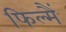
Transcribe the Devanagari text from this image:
फिल्मैं